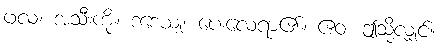
ဖလံ၊ အသီးကို။ ဒဒေယျ၊ ပေးလေရာ၏။ ဧဝံ၊ ဤသို့လျှင်။